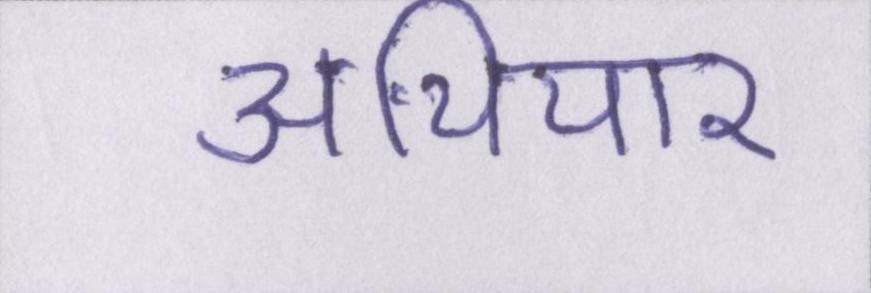
अथियार